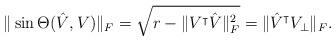
LaTeX: \begin{align*}\|\sin\Theta(\hat V, V)\|_F = \sqrt{r - \|V^{\intercal}\hat V\|_F^2} = \|\hat V^{\intercal} V_{\perp}\|_F.\end{align*}